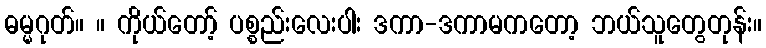
ဓမ္မဂုတ်။ ။ ကိုယ်တော့် ပစ္စည်းလေးပါး ဒကာ-ဒကာမကတော့ ဘယ်သူတွေတုန်း။